Lunatic asylums in Bengal annual reports 1912-1924 - 1912-1924
Year: 1912
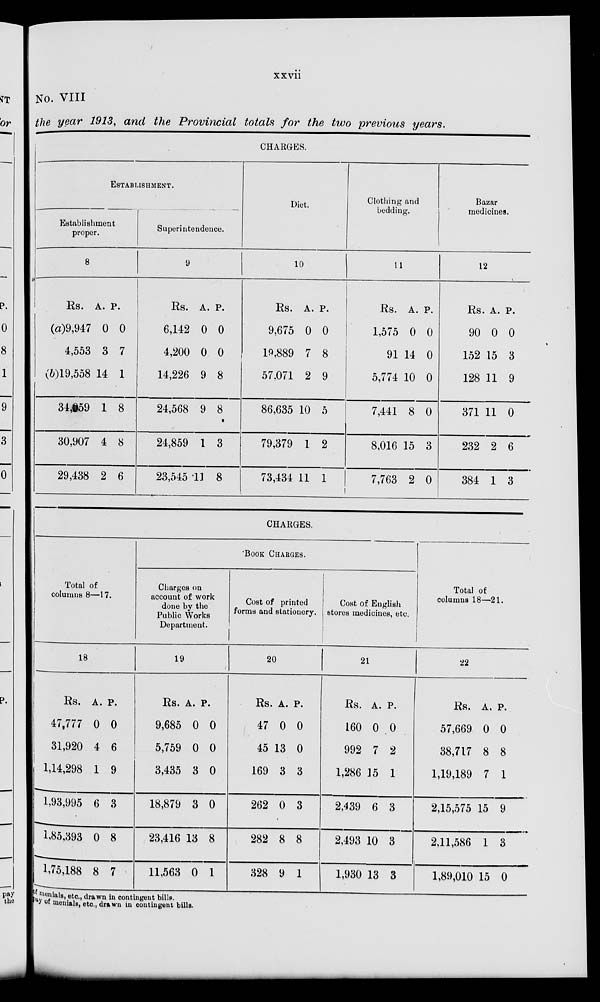
xxvii
No. VIII
the year 1913, and the Provincial totals for the two previous years.
CHARGES.
ESTABLISHMENT.
Establishment
proper.
8
Rs.
(a)9,947
4,553
(b)19,558
34,059
30,907
29,438
A.
0
3
14
1
4
2
P.
0
7
1
8
8
6
Superintendence.
9
Rs.
6,142
4,200
14,226
24,568
24,859
23,545
A.
0
0
9
9
1
11
P.
0
0
8
8
3
8
Diet.
10
Rs.
9,675
19,889
57,071
86,635
79,379
73,434
A.
0
7
2
10
1
11
P.
0
8
9
5
2
1
Clothing and
bedding.
11
Rs.
1,575
91
5,774
7,441
8,016
7,763
A.
0
14
10
8
15
2
P.
0
0
0
0
3
0
Bazar
medicines.
12
Rs.
90
152
128
371
232
384
A.
0
15
11
11
2
1
P.
0
3
9
0
6
3
CHARGES.
Total of
columns 8—17.
18
Rs.
47,777
31,920
1,14,298
1,93,995
1,85,393
1,75,188
A.
0
4
1
6
0
8
P.
0
6
9
3
8
7
BOOK CHARGES.
Charges on
account of work
done by the
Public Works
Department.
19
Rs.
9,685
5,759
3,435
18,879
23,416
11,563
A.
0
0
3
3
13
0
P.
0
0
0
0
8
1
Cost of printed
forms and stationery.
20
Rs.
47
45
169
262
282
328
A.
0
13
3
0
8
9
P.
0
0
3
3
8
1
Cost of English
stores medicines, etc.
21
Rs.
160
992
1,286
2,439
2,493
1,930
A.
0
7
15
6
10
13
P.
0
2
1
3
3
3
Total of
columns 18—21.
22
Rs.
57,669
38,717
1,19,189
2,15,575
2,11,586
1,89,010
A.
0
8
7
15
1
15
P.
0
8
1
9
3
0
of menials, etc., drawn in contingent bills.
pay of menials, etc., drawn in contingent bills.